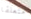
متعلقا